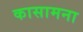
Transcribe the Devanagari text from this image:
कासामना